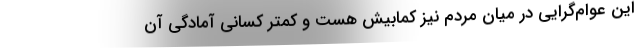
این عوام‌گرایی در میان مردم نیز کمابیش هست و کمتر کسانی آمادگی آن